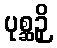
ပုစ္ဆဉှိ